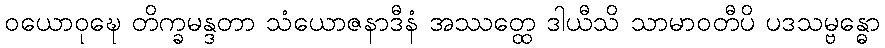
ဝယောဝုဍ္ဎေ တိက္ခမန္ဒတာ သံယောဇနာဒီနံ အဿတ္ထေ ဒါယီသိ သာမာဝတီပိ ပဒသမ္ဗန္ဓော